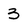
Character: 3